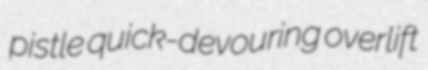
pistle quick-devouring overlift